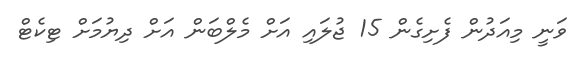
ވަނީ މިއަދުން ފެށިގެން 15 ޖުލައި އަށް މެލްބަން އަށް ދިޔުމަށް ޓިކެޓް